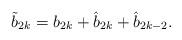
LaTeX: \begin{align*} \tilde{b}_{2k} = b_{2k} + \hat{b}_{2k} + \hat{b}_{2k-2}.\end{align*}